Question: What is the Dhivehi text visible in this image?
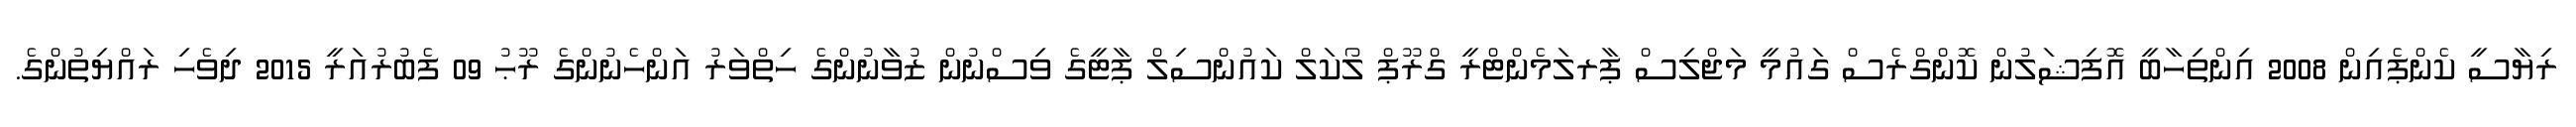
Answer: ރިޔާސީ ކެންޕެއިން 2008 އިންތިހާބީ އޮފިޝަލުން ކޮންގްރެސް ގައުމީ މަޖްލިސް ޕާރލަމެންޓްރީ ގްރޫޕް ލޯކަލް ކައުންސިލް ޕާޓީގެ ވިސްނުން ޒުވާނުންގެ ހިތްވަރު އަންހެނުންގެ ރޫޙު 09 ފެބުރުއަރީ 2015 ދިވެހި ރައްޔިތުންގެ.